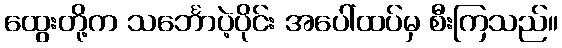
ထွေးတို့က သင်္ဘောပဲ့ပိုင်း အပေါ်ထပ်မှ စီးကြသည်။